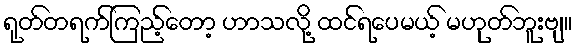
ရုတ်တရက်ကြည့်တော့ ဟာသလို့ ထင်ရပေမယ့် မဟုတ်ဘူးဗျ။